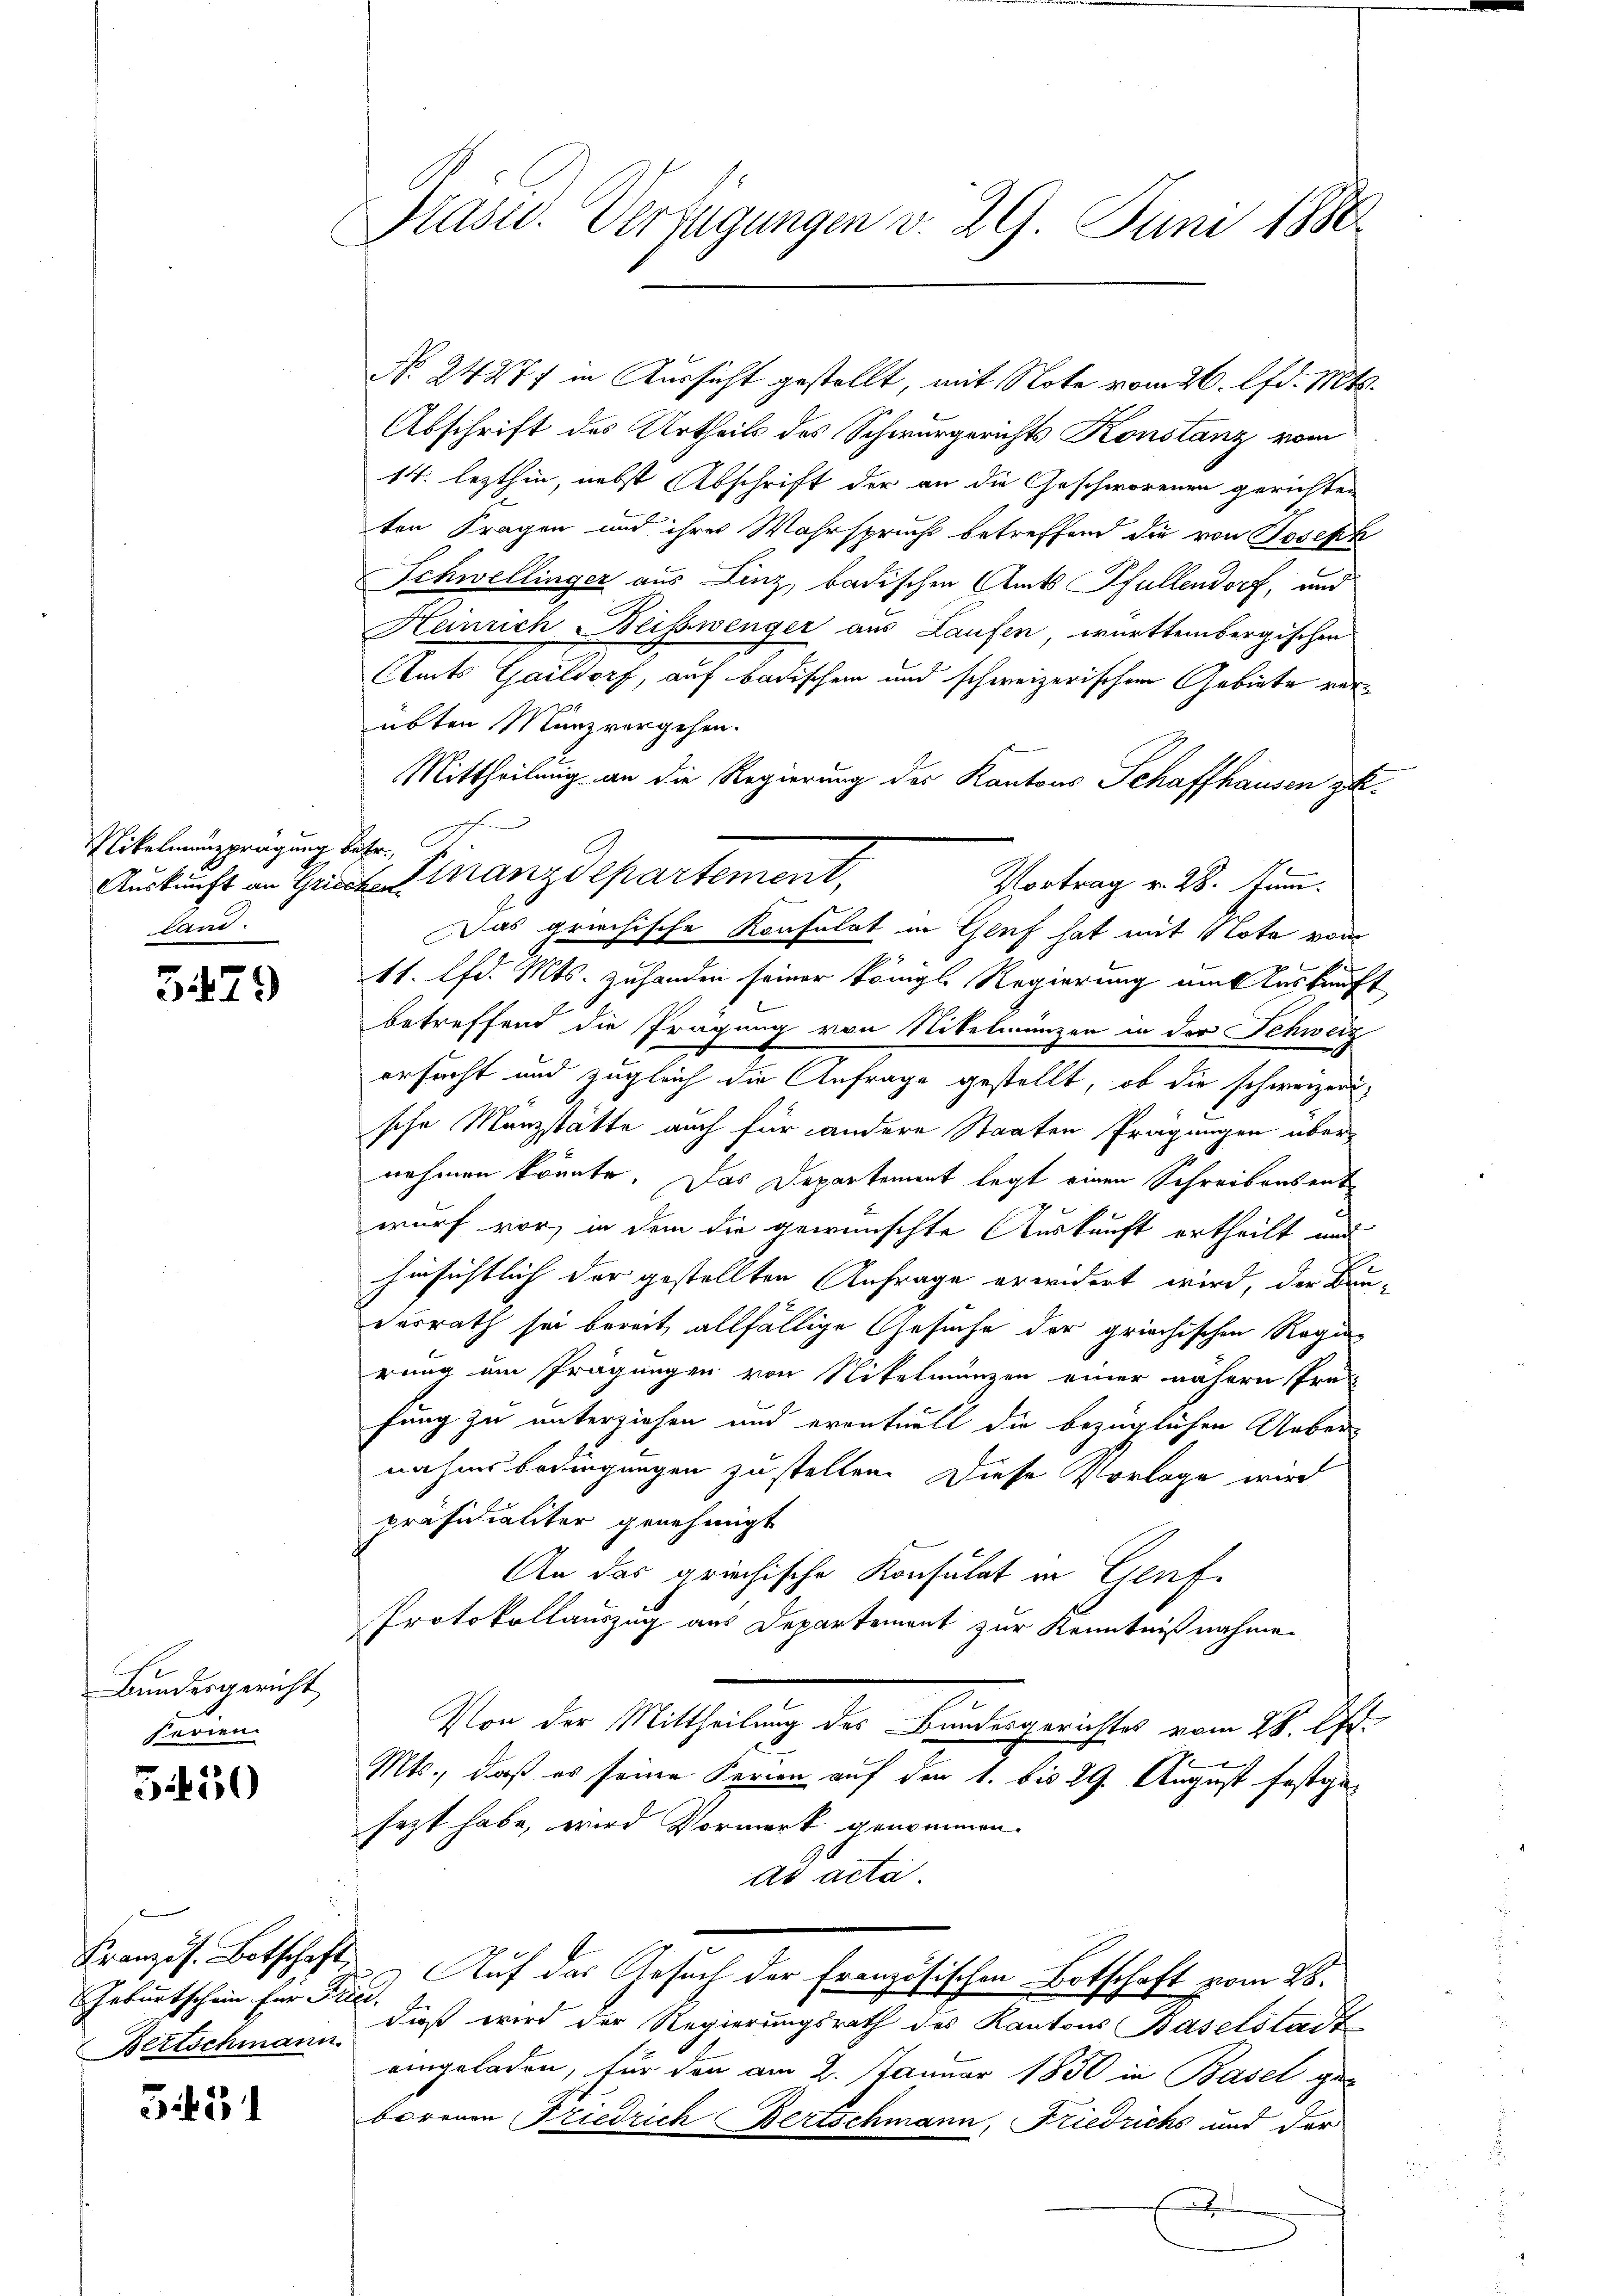
Mittelmansprägung beher,
land.

5479

Bundesgericht
Ferien.

5150

Geburtschein für Fried.
Bertschmann.

3451

Prast. Verfügungen v. 29 Juni 1880

Auskunft an Grieche Pluranz Separtement,
Vortrag v. 28. Juni.

Abschrift des Urtheils des Schwurgerichts Konstanz vom
14. lezthin, nebst Abschrift der an die Geschworenen gerichten
ten Fragen und ihrer Wahrspruchs betreffend die von Joseph
Schwellinger aus Linz, badischen Amts Pfullendorf, und
Henrich Beisswenger aus Laufen, württembergischen
Staats Gaildorf, auf badischem und schweizerischen Gebiete verübten Münzvergehen.
Mittheilung an die Regierung des Kantons Schaffhausen zu¬
Das griechische Konsulat in Genf hat mit Note vom
11. lfd. Mts. zuhanden seiner Königl. Regierung um Auskunft
betreffend die Prägung von Nitelmunzen in der Schweiz
ersucht und zugleich die Anfrage gestellt, ob die schweizersche Münzstätte auch für andere Staaten Prägungen übernehmen könnte. Das Departement legt einen Schreibensent
.
wurf vor, in dem die gewünschte Auskunft ertheilt und
hinsichtlich der gestellten Anfrage erwidert wird, der Bun-
vorrath sei bereit allfällige Gesuche der griechischen Regie
rung am Prägungen von Nitelmünzen einer nähern Pro-
fung zu unterziehen und eventuell die bezüglichen Ueber-
nahmsbedingungen zu stellen. Diese Vorlage wird
Präsidialiter genehmigt
An das griechische Konsulat in Genf
Protokollauszug aus Departement zur Kenntnißnahme.
Von der Mittheilung des Bundesgerichtes vom 28. Apr.
Mts., daß es seine Ferien auf den 1. bis 29. August festgesezt habe, wird Vormerk genommen.
ad acta.
Kranzös. Botschaft. Auf das Gesuch der französischen Botschaft vom 28.
dieß wird der Regierungsrath des Kantons Baselstadt
eingeladen, für den am 2. Januar 1850 in Basel ge-
borenen Friedrich Bertschmann, Friedrichs und der
f

No. 2427 in Aussicht gestellt, mit Note vom 26. lfd. 1884.